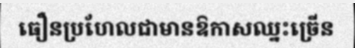
ធឿនប្រហែលជាមានឱកាសឈ្នះច្រើន